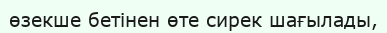
өзекше бетінен өте сирек шағылады,